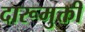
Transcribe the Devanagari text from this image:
दारूमुक्ती